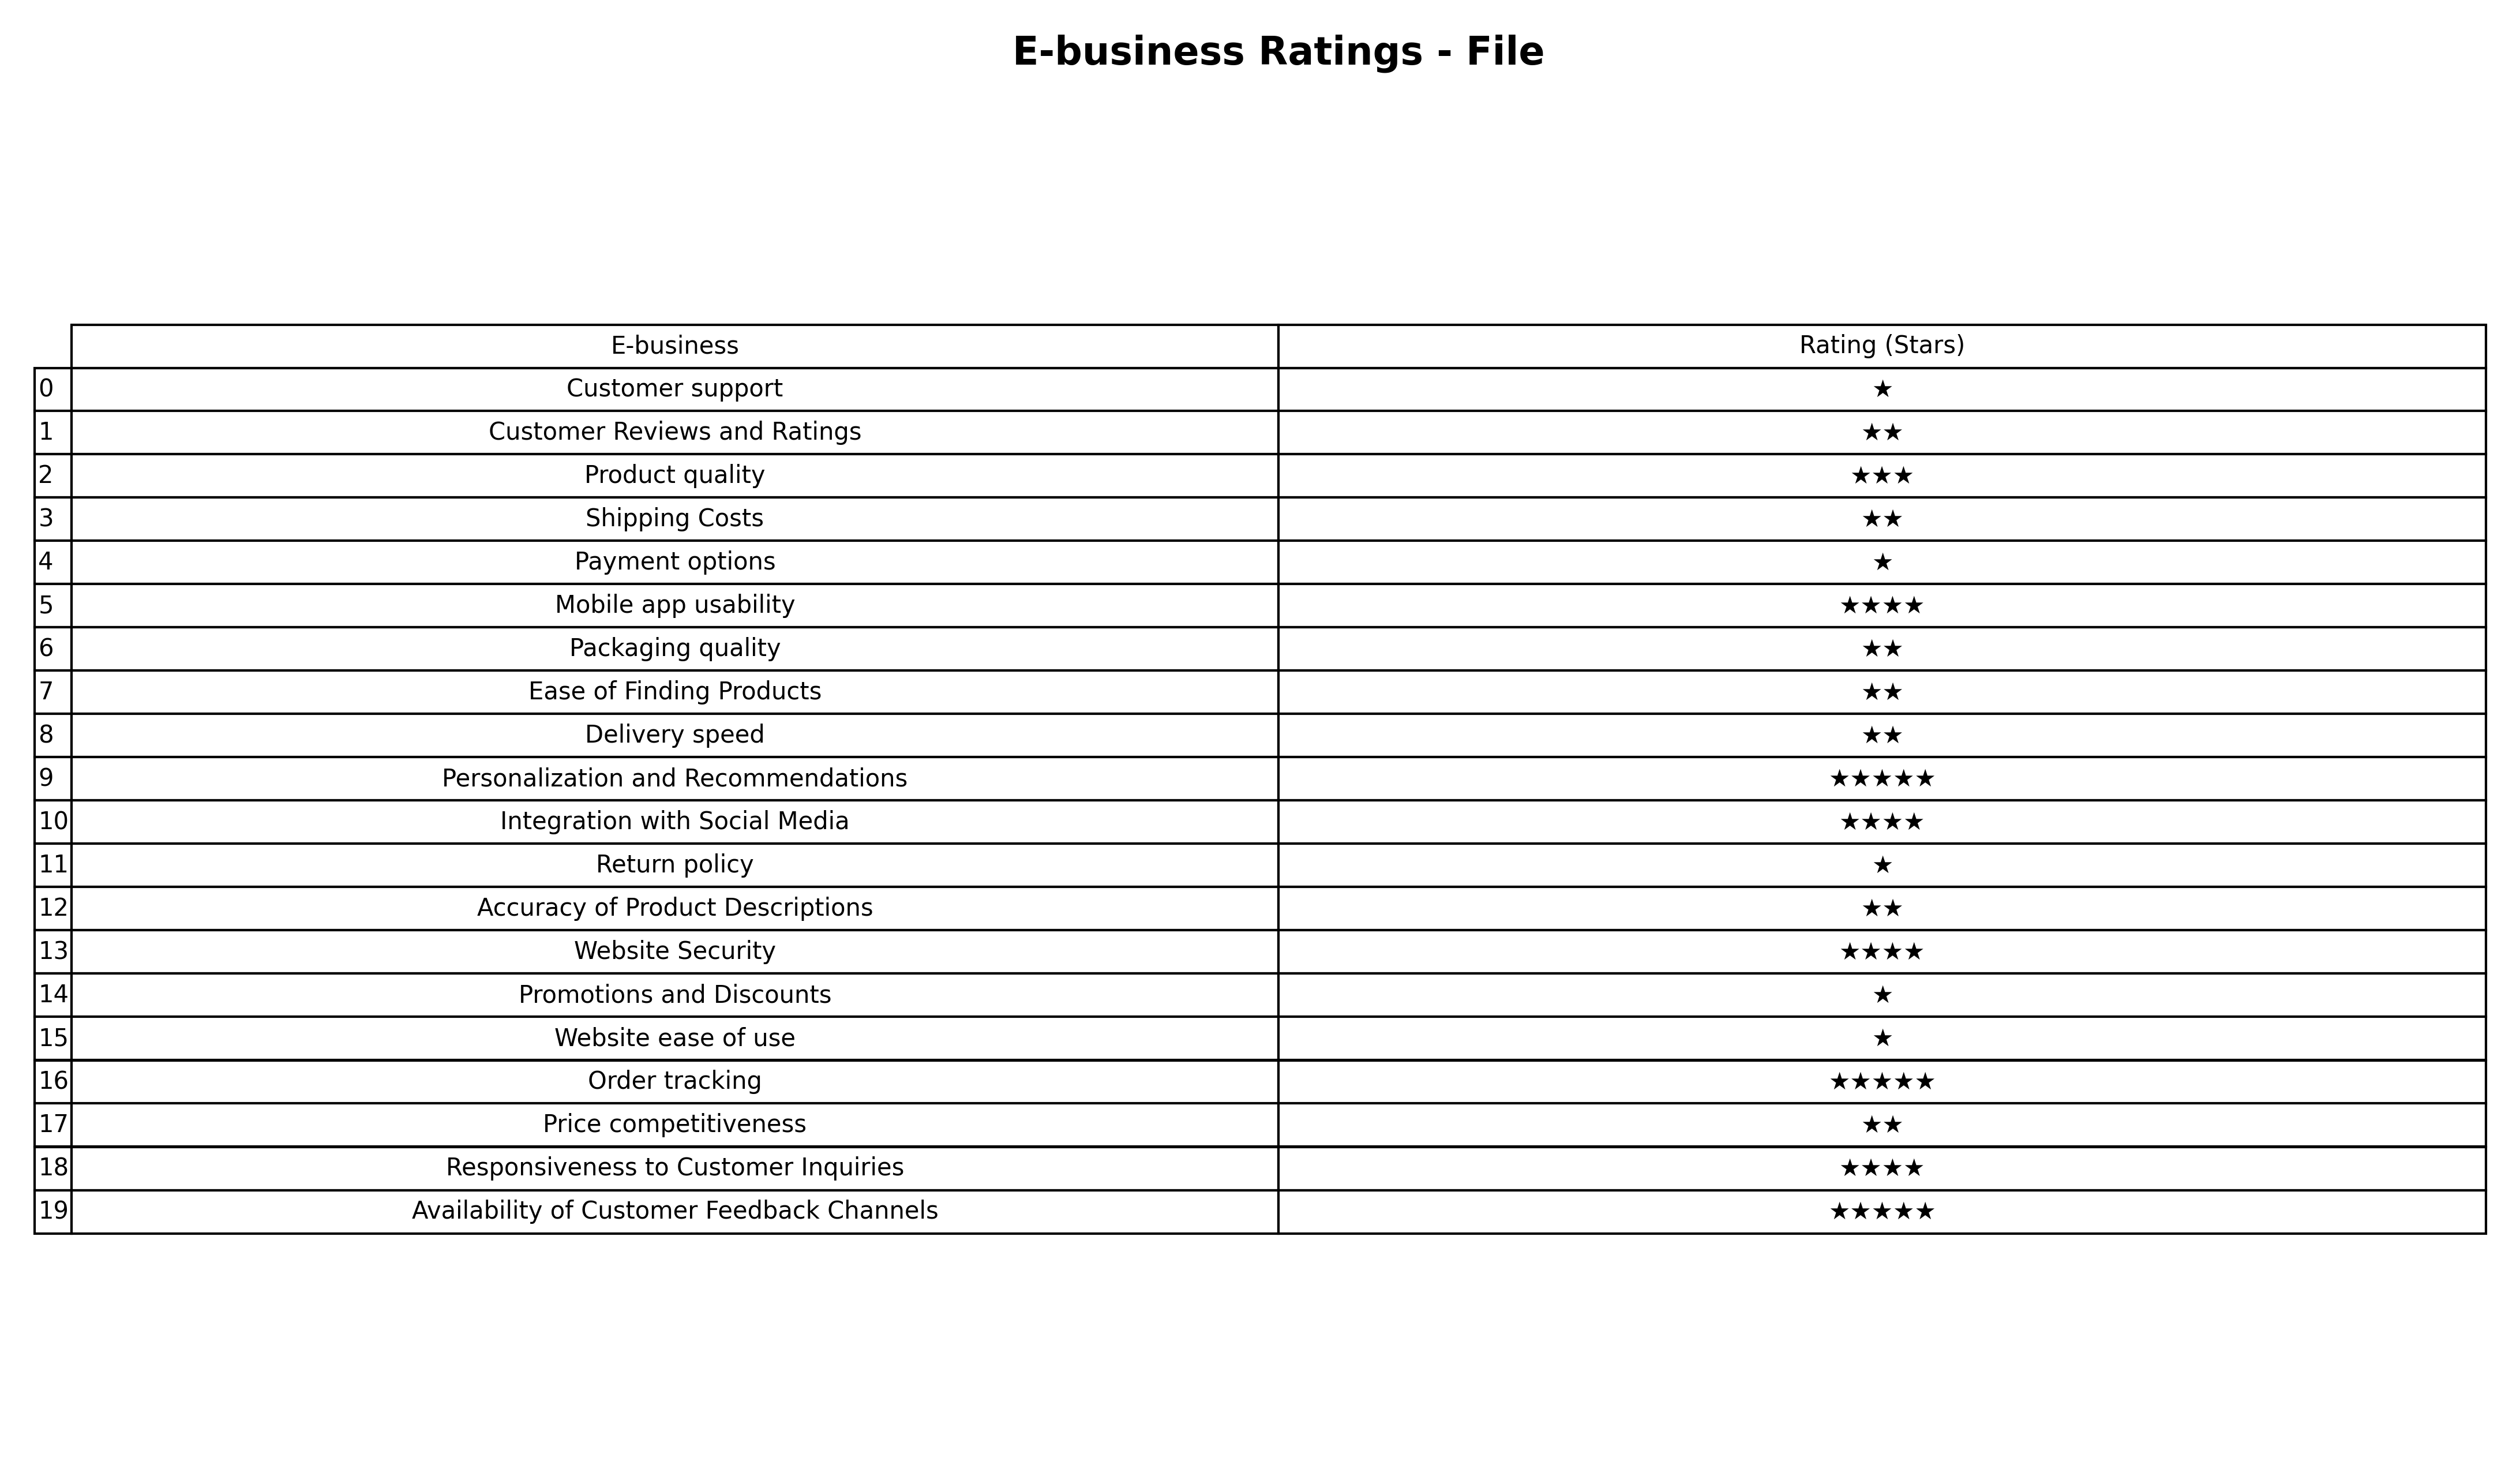
question: What are two star services?
answer: Customer Reviews and RatingsShipping CostsPackaging qualityEase of Finding ProductsDelivery speedAccuracy of Product DescriptionsPrice competitiveness